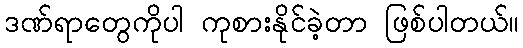
ဒဏ်ရာတွေကိုပါ ကုစားနိုင်ခဲ့တာ ဖြစ်ပါတယ်။